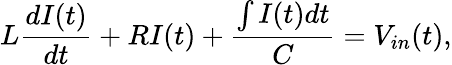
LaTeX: L\frac{dI(t)}{dt}+RI(t)+\frac{\int I(t)dt}{C}=V_{in}(t),